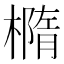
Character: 橢